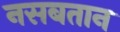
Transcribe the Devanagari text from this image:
नसबतान